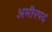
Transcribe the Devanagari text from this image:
अमीरपद